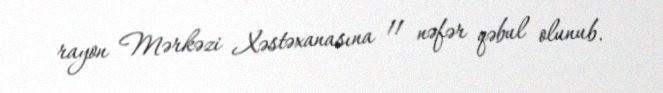
rayon Mərkəzi Xəstəxanasına 11 nəfər qəbul olunub.